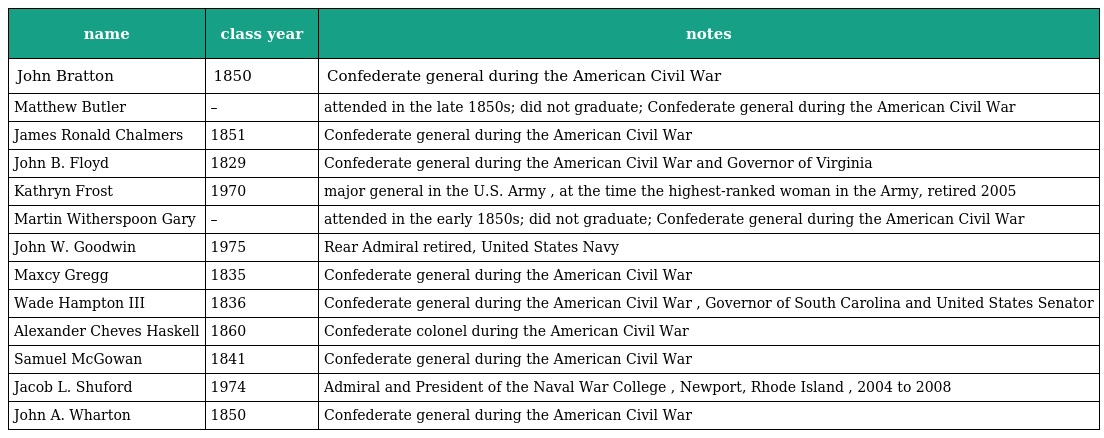
| name | class year | notes |
 | --- | --- | --- |
 | John Bratton | 1850 | Confederate general during the American Civil War |
 | Matthew Butler | – | attended in the late 1850s; did not graduate; Confederate general during the American Civil War |
 | James Ronald Chalmers | 1851 | Confederate general during the American Civil War |
 | John B. Floyd | 1829 | Confederate general during the American Civil War and Governor of Virginia |
 | Kathryn Frost | 1970 | major general in the U.S. Army , at the time the highest-ranked woman in the Army, retired 2005 |
 | Martin Witherspoon Gary | – | attended in the early 1850s; did not graduate; Confederate general during the American Civil War |
 | John W. Goodwin | 1975 | Rear Admiral retired, United States Navy |
 | Maxcy Gregg | 1835 | Confederate general during the American Civil War |
 | Wade Hampton III | 1836 | Confederate general during the American Civil War , Governor of South Carolina and United States Senator |
 | Alexander Cheves Haskell | 1860 | Confederate colonel during the American Civil War |
 | Samuel McGowan | 1841 | Confederate general during the American Civil War |
 | Jacob L. Shuford | 1974 | Admiral and President of the Naval War College , Newport, Rhode Island , 2004 to 2008 |
 | John A. Wharton | 1850 | Confederate general during the American Civil War |